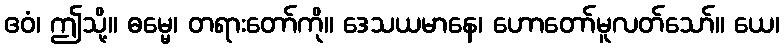
ဧဝံ၊ ဤသို့။ ဓမ္မေ၊ တရားတော်ကို။ ဒေသယမာနေ၊ ဟောတော်မူလတ်သော်။ ယေ၊